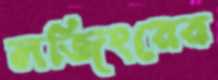
লজিংয়ের